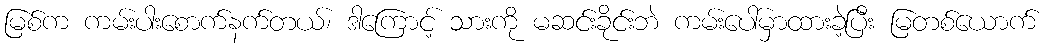
မြစ်က ကမ်းပါးစောက်နက်တယ်၊ ဒါကြောင့် သားကို မဆင်းခိုင်းဘဲ ကမ်းပေါ်မှာထားခဲ့ပြီး မြတစ်ယောက်